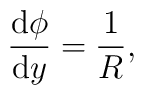
\frac{\mathrm{d}\phi}{\mathrm{d}y }={\frac{1}{R}},